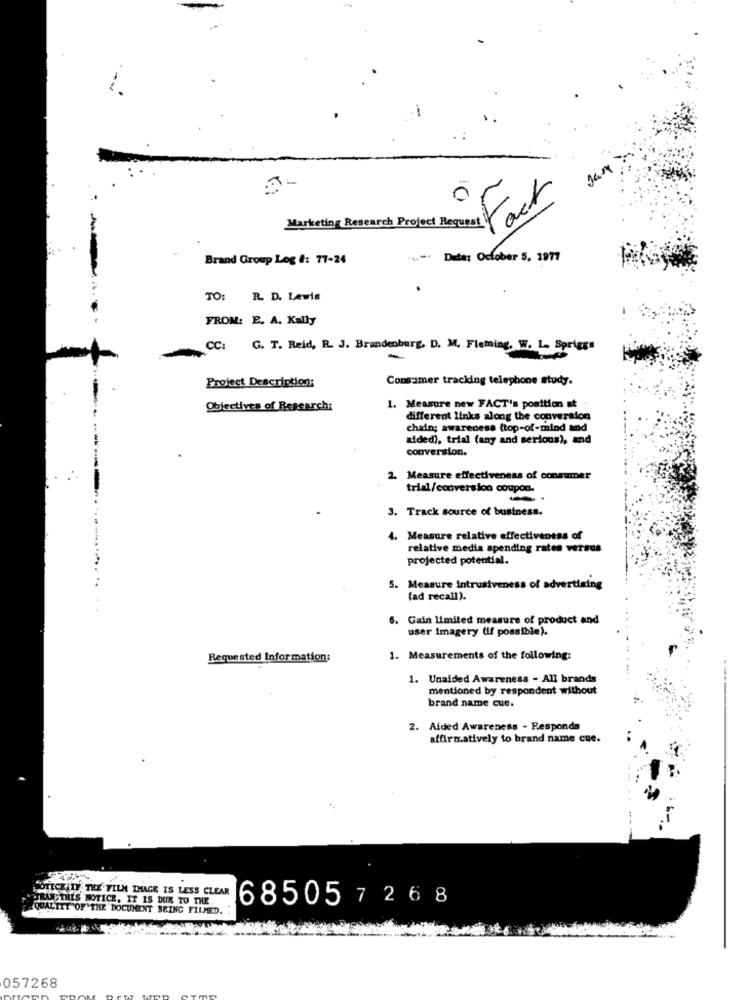
Jam
0
Marketing Research Project Request Var
Brand Group Log #: 77-24
...- Data: October 5. 1977
TO:
R. D. Lewis
FROM: E. A. Kally
CC:
G. T. Reid, R. J. Brandenburg, D. M. Fleming. W. L- Spriggs
Project Description:
Consumer tracking telephone study.
Objectives of Researchi
. Measure new FACT's position at
different links along the conversion
chain; awareness (top-of-mind and
aided), trial (any and serious), and
conversion.
2. Measure effectiveness of consumer
trial/conversion coupon.
3. Track source of business.
. Measure relative effectiveness of
relative media spending rates versus
projected potential.
5. Measure intrusiveness of advertising
(ad recall).
. Gain limited measure of product and
user imagery (if possible).
Requested Information:
1. Measurements of the following:
1. Unaided Awareness - All brands
mentioned by respondent without
brand name cue.
2. Aided Awareness - Responda
affirmatively to brand name cue.
COTICHIIF THE FILM THAGE IS LESS CLEAR
TRUSTHES NOTICE, IT IS DUE TO THE
68505 7 26 8
QUALITY OF THE DOCUMENT BEING FILMED.
057268